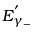
E _ { \gamma _ { - } } ^ { ' }